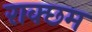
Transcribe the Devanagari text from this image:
राक्छम